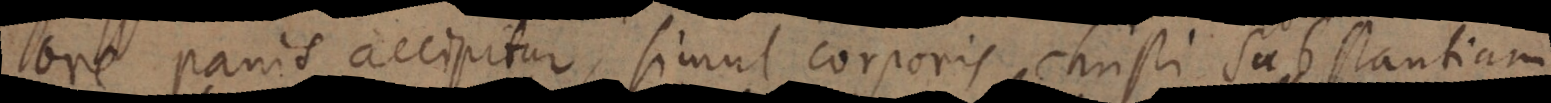
ore panis accipitur, simul corporis Christi substantiam